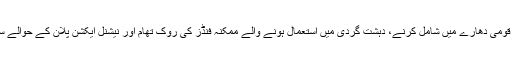
انہوں نے نگران وزیرداخلہ کو مدارس کو قومی دھارے میں شامل کرنے، دہشت گردی میں استعمال ہونے والے ممکنہ فنڈز کی روک تھام اور نیشنل ایکشن پلان کے حوالے سے کئے جانے والے اقدامات سے آگاہ کیا۔